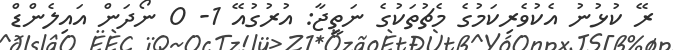
ރޭ ކުޅުނު އެކުވެރިކަމުގެ މެޗުތަކުގެ ނަތީޖާ: އުރުގުއޭ 1- 0 ނޯދަން އައިލެންޑް